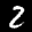
Label: 2